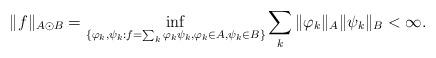
LaTeX: \begin{align*}\|f\|_{A\odot B}=\inf_{\{\varphi_{k},\psi_{k}:f=\sum_{k}\varphi_{k}\psi_{k},\varphi_{k}\in A,\psi_{k}\in B\}}\sum_{k}\|\varphi_{k}\|_{A}\|\psi_{k}\|_{B}<\infty.\end{align*}